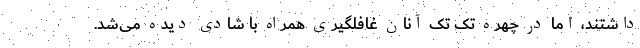
داشتند، اما در چهره تک تک آنان غافلگیری همراه با شادی دیده می‌شد.